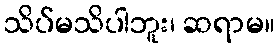
သိပ်မသိပါဘူး၊ ဆရာမ။